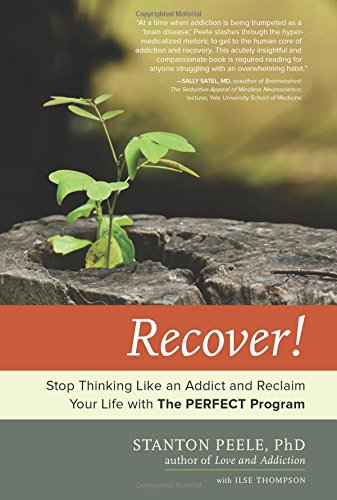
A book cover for Recover!: Stop Thinking Like an Addict and Reclaim Your Life with The PERFECT Program; Stanton Peele; Health, Fitness & Dieting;